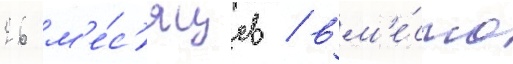
26 м'е́с'яцев / вм'е́сто